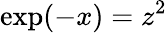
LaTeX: \mathrm{exp}(-x)=z^{2}